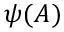
\psi ( A )